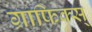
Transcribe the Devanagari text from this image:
ग्राफिक्स्